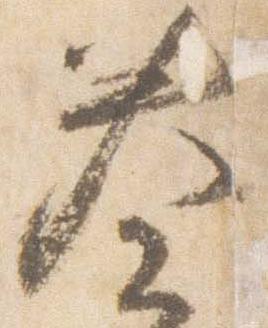
奏